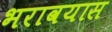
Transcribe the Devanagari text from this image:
भरावयास